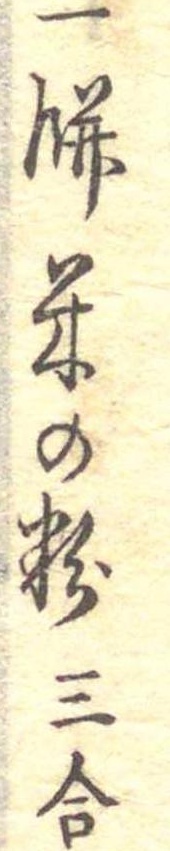
一餅米の粉三合